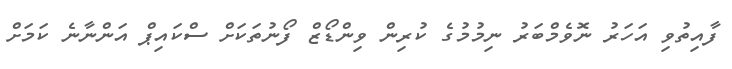
ފާއިތުވި އަހަރު ނޮވެމްބަރު ނިމުމުގެ ކުރިން ވިންޑޯޒް ފޯނުތަކަށް ސްކައިޕް އަންނާނެ ކަމަށް